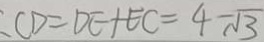
C D = D E + E C = 4 - \sqrt { 3 }